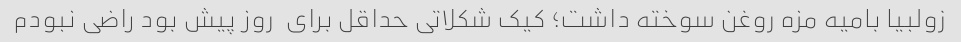
زولبیا بامیه مزه روغن سوخته داشت؛ کیک شکلاتی حداقل برای  روز پیش بود راضی نبودم